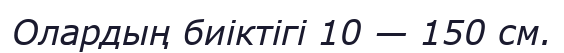
Олардың биіктігі 10 — 150 см.